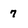
Character: 7